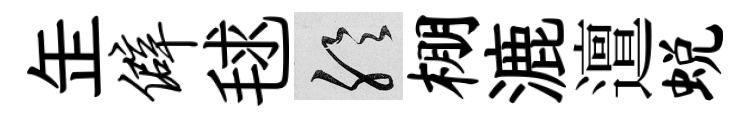
𦈢僻毬聆棚漉邅蜕